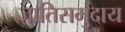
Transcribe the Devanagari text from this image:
जातिसमुदाय